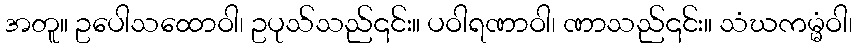
အတူ။ ဥပေါသထောဝါ၊ ဥပုသ်သည်၎င်း။ ပဝါရဏာဝါ၊ ဏာသည်၎င်း။ သံဃကမ္မံဝါ၊